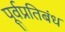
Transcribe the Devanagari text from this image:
पूर्वप्रतिबंध